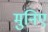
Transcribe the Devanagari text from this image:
मुनिए